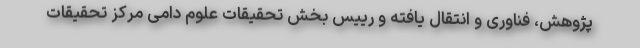
پژوهش، فناوری و انتقال یافته و رییس بخش تحقیقات علوم دامی مرکز تحقیقات